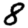
Digit: 8